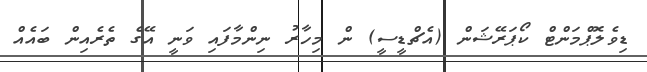
ޑިވެލޮޕްމަންޓް ކޯޕަރޭޝަން (އެޗްޑީސީ) ން މިހާރު ނިންމާފައި ވަނީ އޭގެ ތެރެއިން ބައެއް